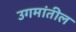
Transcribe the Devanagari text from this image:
उगमांतील